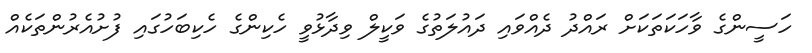
ހަސީންގެ ވާހަކަތަކަށް ރައްދު ދެއްވައި ދައުލަތުގެ ވަކީލް ވިދާޅުވީ ހެކިންގެ ހެކިބަހުގައި ފުށުއެރުންތަކެއް